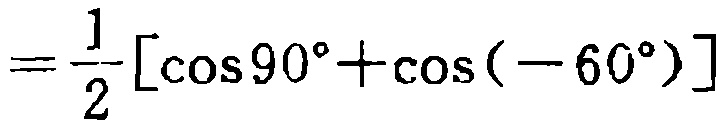
$=\frac{1}{2}\left[\cos 90^{\circ}+\cos \left(-60^{\circ}\right)\right]$